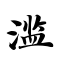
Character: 滥